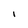
Character: I